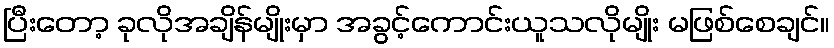
ပြီးတော့ ခုလိုအချိန်မျိုးမှာ အခွင့်ကောင်းယူသလိုမျိုး မဖြစ်စေချင်။